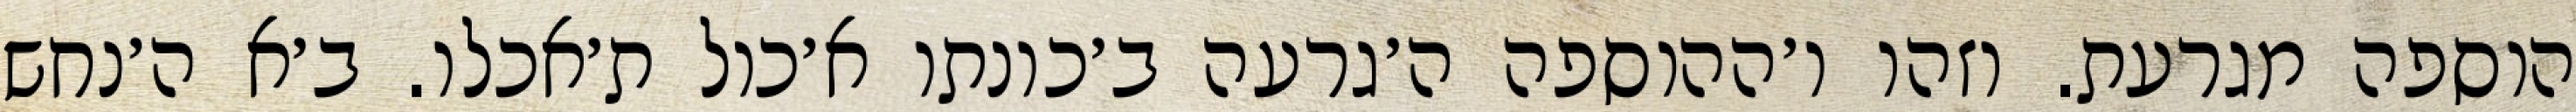
הוספה מגרעת. וזהו ו׳ההוספה ה׳גרעה ב׳כונתו א׳כול ת׳אכלו. ב׳א ה׳נחש